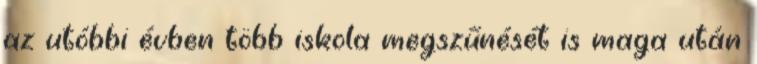
az utóbbi évben több iskola megszűnését is maga után